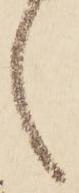
々